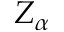
Z _ { \alpha }